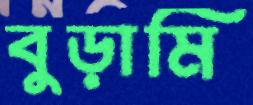
বুড়ামি